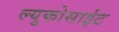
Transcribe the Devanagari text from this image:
ल्युकोसाईट